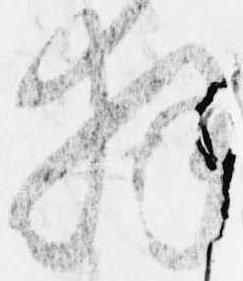
拝